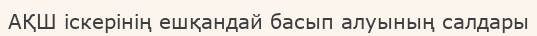
АҚШ іскерінің ешқандай басып алуының салдары